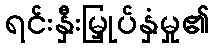
ရင်းနှီးမြှုပ်နှံမှု၏